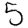
Digit: 5